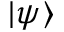
| \psi \rangle